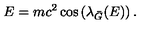
E = m c ^ { 2 } \cos \left( { \lambda } _ { \bar { G } } ( E ) \right) .